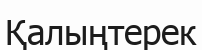
Қалыңтерек